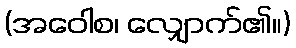
(အဝေါစ၊ လျှောက်၏။)